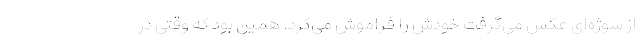
از سوژه‌ای عکس می‌گرفت خودش را فراموش می‌کرد. همین بود که وقتی در